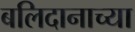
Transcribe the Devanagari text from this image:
बलिदानाच्या